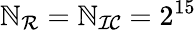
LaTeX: \mathbb{N}_{\mathcal{{R}}}=\mathbb{N}_{\mathcal{{IC}}}=2^{15}